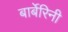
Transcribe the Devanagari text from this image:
बार्बेरिनी